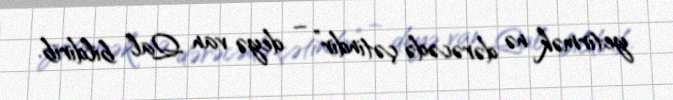
yetirmək nə dərəcədə çətindir” – deyə van Qal bildirib.